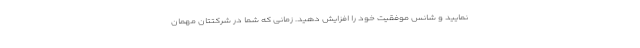
نمایید و شانس موفقیت خود را افزایش دهید. زمانی که شما در شرکتتان مهمان